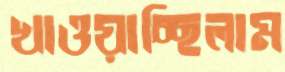
খাওয়াচ্ছিলাম